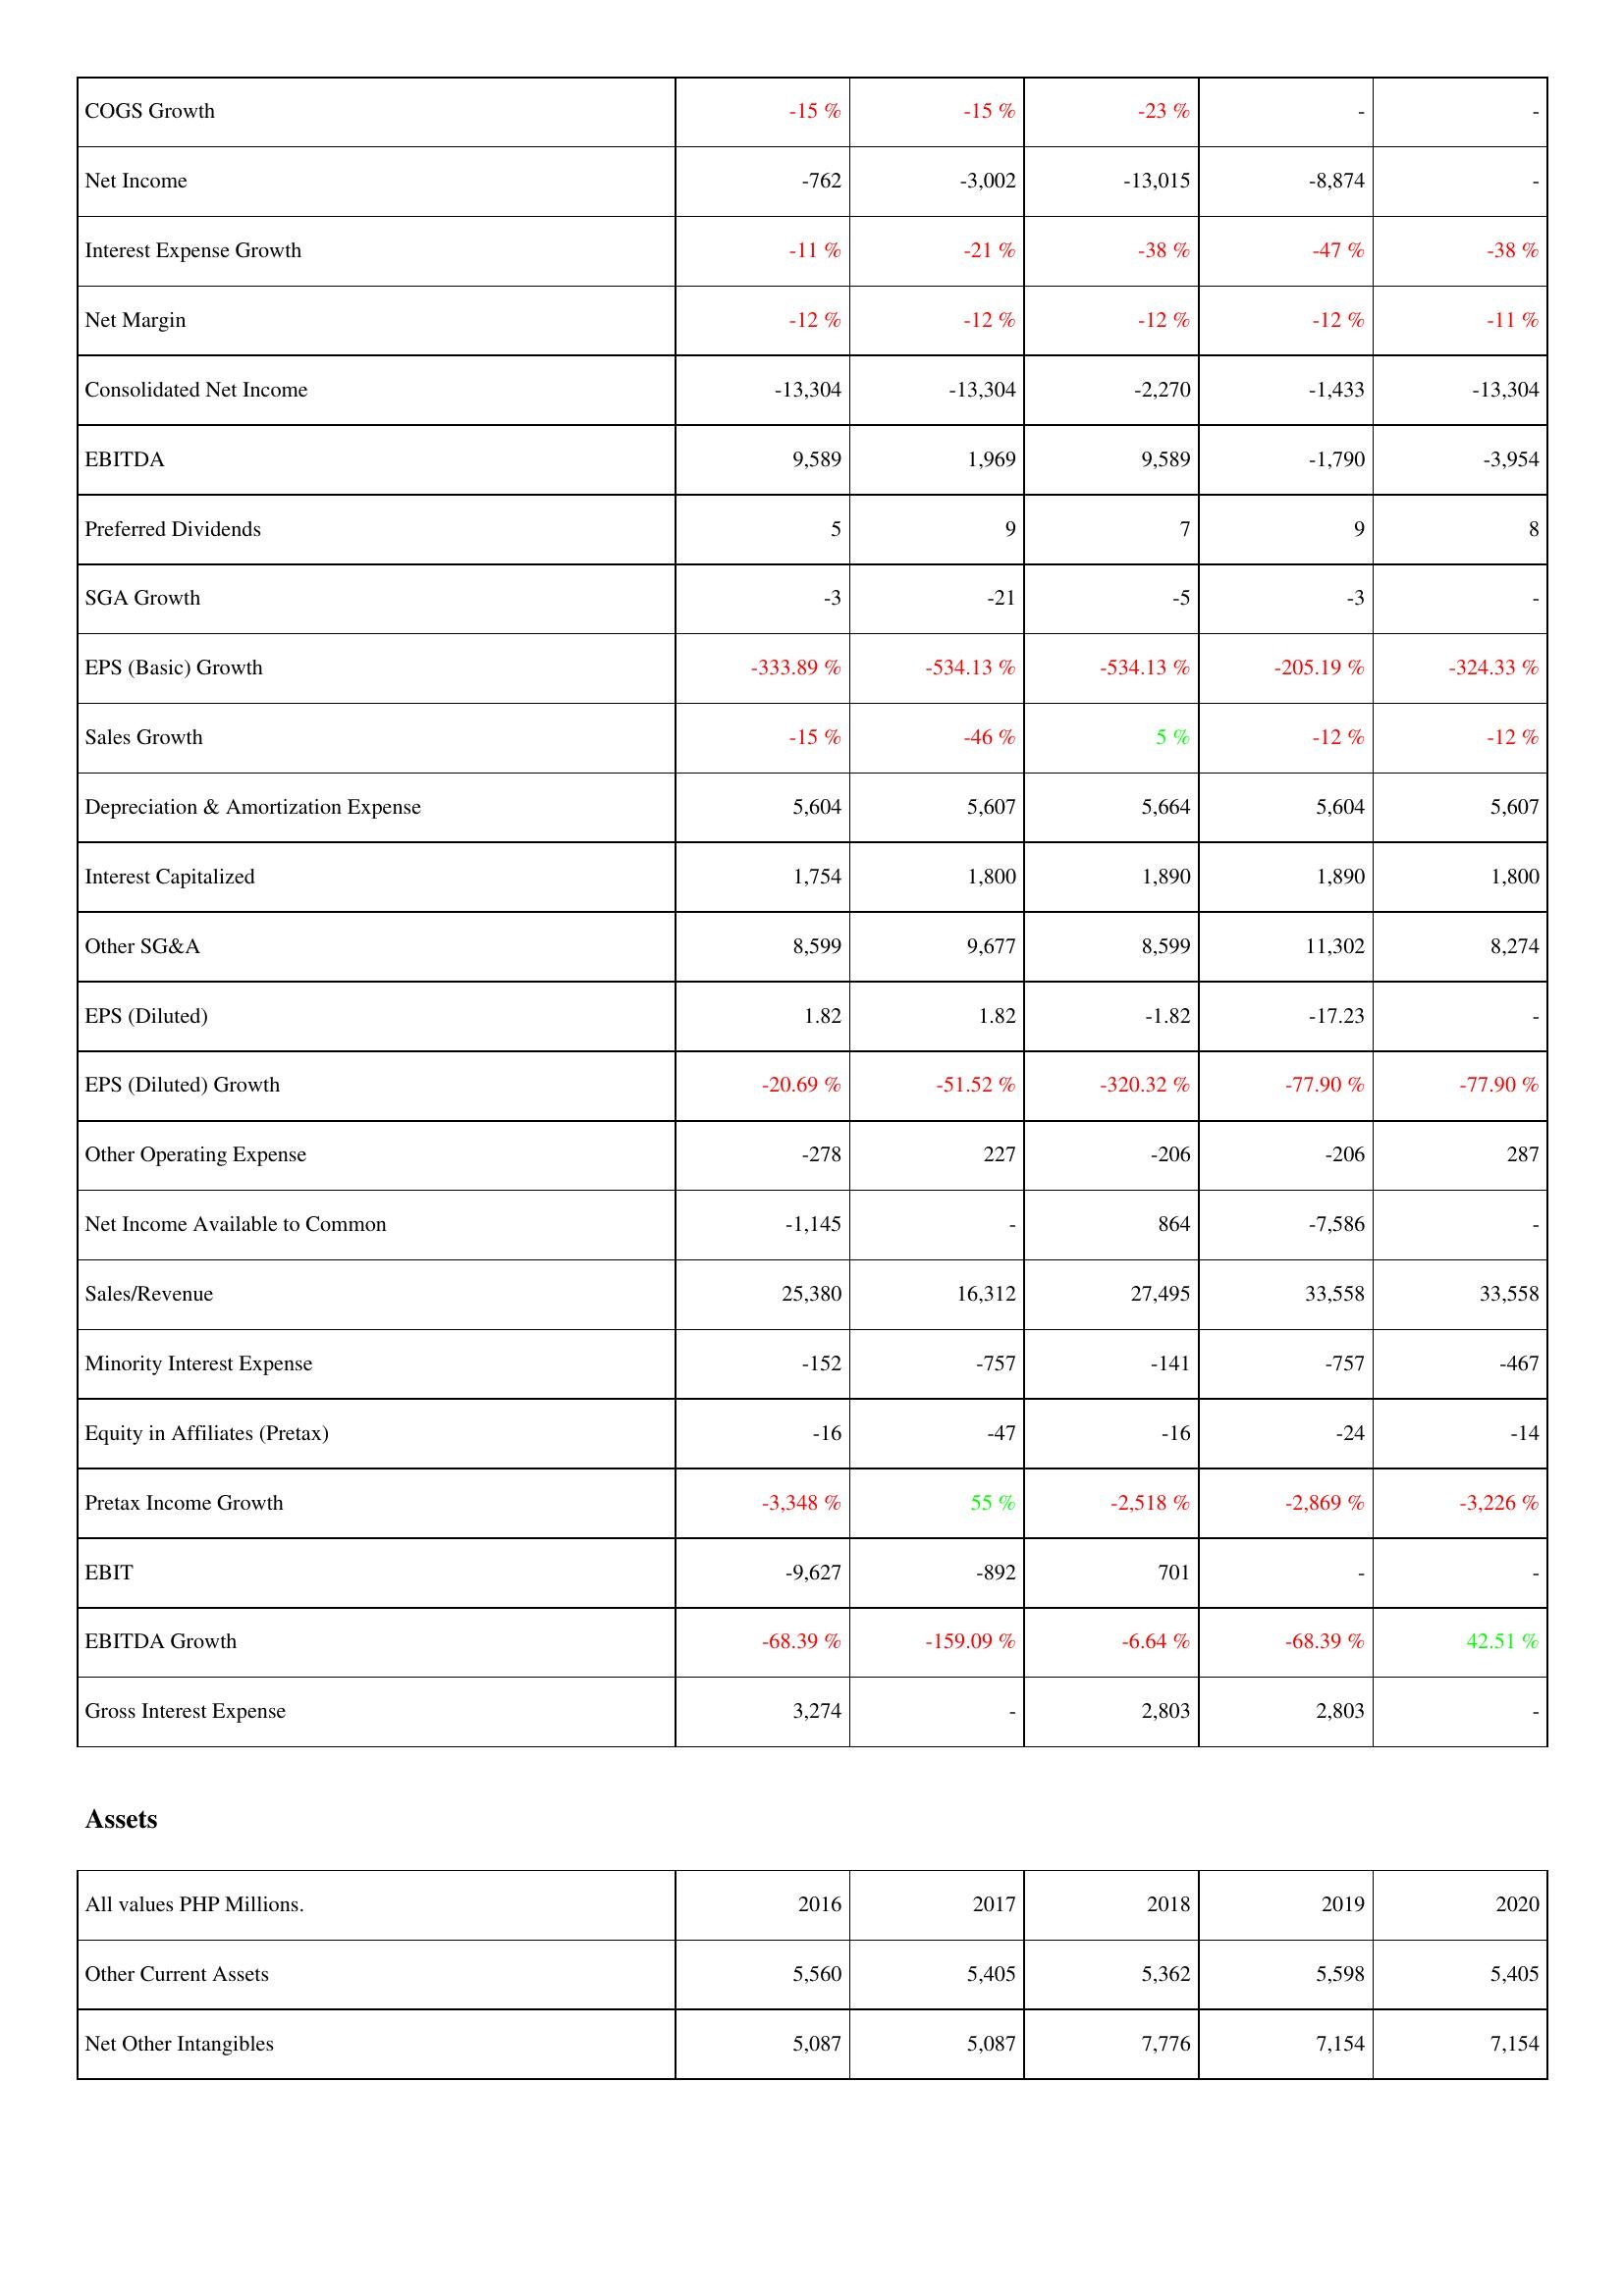
2016: Income Statement: COGS Growth: -15 %
Net Income: -762
Interest Expense Growth: -11 %
Net Margin: -12 %
Consolidated Net Income: -13,304
EBITDA: 9,589
Preferred Dividends: 5
SGA Growth: -3
EPS (Basic) Growth: -333.89 %
Sales Growth: -15 %
Depreciation & Amortization Expense: 5,604
Interest Capitalized: 1,754
Other SG&A: 8,599
EPS (Diluted): 1.82
EPS (Diluted) Growth: -20.69 %
Other Operating Expense: -278
Net Income Available to Common: -1,145
Sales/Revenue: 25,380
Minority Interest Expense: -152
Equity in Affiliates (Pretax): -16
Pretax Income Growth: -3,348 %
EBIT: -9,627
EBITDA Growth: -68.39 %
Gross Interest Expense: 3,274
Assets: Other Current Assets: 5,560
Net Other Intangibles: 5,087
2017: Income Statement: COGS Growth: -15 %
Net Income: -3,002
Interest Expense Growth: -21 %
Net Margin: -12 %
Consolidated Net Income: -13,304
EBITDA: 1,969
Preferred Dividends: 9
SGA Growth: -21
EPS (Basic) Growth: -534.13 %
Sales Growth: -46 %
Depreciation & Amortization Expense: 5,607
Interest Capitalized: 1,800
Other SG&A: 9,677
EPS (Diluted): 1.82
EPS (Diluted) Growth: -51.52 %
Other Operating Expense: 227
Net Income Available to Common: -
Sales/Revenue: 16,312
Minority Interest Expense: -757
Equity in Affiliates (Pretax): -47
Pretax Income Growth: 55 %
EBIT: -892
EBITDA Growth: -159.09 %
Gross Interest Expense: -
Assets: Other Current Assets: 5,405
Net Other Intangibles: 5,087
2018: Income Statement: COGS Growth: -23 %
Net Income: -13,015
Interest Expense Growth: -38 %
Net Margin: -12 %
Consolidated Net Income: -2,270
EBITDA: 9,589
Preferred Dividends: 7
SGA Growth: -5
EPS (Basic) Growth: -534.13 %
Sales Growth: 5 %
Depreciation & Amortization Expense: 5,664
Interest Capitalized: 1,890
Other SG&A: 8,599
EPS (Diluted): -1.82
EPS (Diluted) Growth: -320.32 %
Other Operating Expense: -206
Net Income Available to Common: 864
Sales/Revenue: 27,495
Minority Interest Expense: -141
Equity in Affiliates (Pretax): -16
Pretax Income Growth: -2,518 %
EBIT: 701
EBITDA Growth: -6.64 %
Gross Interest Expense: 2,803
Assets: Other Current Assets: 5,362
Net Other Intangibles: 7,776
2019: Income Statement: COGS Growth: -
Net Income: -8,874
Interest Expense Growth: -47 %
Net Margin: -12 %
Consolidated Net Income: -1,433
EBITDA: -1,790
Preferred Dividends: 9
SGA Growth: -3
EPS (Basic) Growth: -205.19 %
Sales Growth: -12 %
Depreciation & Amortization Expense: 5,604
Interest Capitalized: 1,890
Other SG&A: 11,302
EPS (Diluted): -17.23
EPS (Diluted) Growth: -77.90 %
Other Operating Expense: -206
Net Income Available to Common: -7,586
Sales/Revenue: 33,558
Minority Interest Expense: -757
Equity in Affiliates (Pretax): -24
Pretax Income Growth: -2,869 %
EBIT: -
EBITDA Growth: -68.39 %
Gross Interest Expense: 2,803
Assets: Other Current Assets: 5,598
Net Other Intangibles: 7,154
2020: Income Statement: COGS Growth: -
Net Income: -
Interest Expense Growth: -38 %
Net Margin: -11 %
Consolidated Net Income: -13,304
EBITDA: -3,954
Preferred Dividends: 8
SGA Growth: -
EPS (Basic) Growth: -324.33 %
Sales Growth: -12 %
Depreciation & Amortization Expense: 5,607
Interest Capitalized: 1,800
Other SG&A: 8,274
EPS (Diluted): -
EPS (Diluted) Growth: -77.90 %
Other Operating Expense: 287
Net Income Available to Common: -
Sales/Revenue: 33,558
Minority Interest Expense: -467
Equity in Affiliates (Pretax): -14
Pretax Income Growth: -3,226 %
EBIT: -
EBITDA Growth: 42.51 %
Gross Interest Expense: -
Assets: Other Current Assets: 5,405
Net Other Intangibles: 7,154